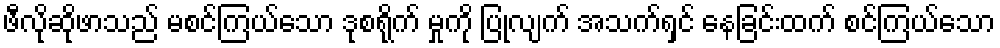
ဖီလိုဆိုဖာသည် မစင်ကြယ်သော ဒုစရိုက် မှုကို ပြုလျက် အသက်ရှင် နေခြင်းထက် စင်ကြယ်သော